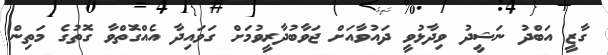
ގާޒީ އަބްދު ނަޝީދު ވިދާޅުވީ ދައުވާއަށް ޖަވާބުދާރީވުމަށް ގަވައިދާ އެއްގޮތްވާ ގޮތުގެ މަތިން